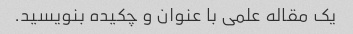
یک مقاله علمی با عنوان و چکیده بنویسید.